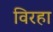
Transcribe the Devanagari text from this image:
विरहा